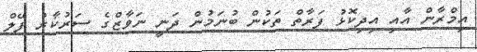
އިމްރާން އާއި އިދިކޮޅު ފަރާތް ތަކުން ބުނަމުން ދަނީ ނަވާޒްގެ ސަރުކާރު ފޭލް